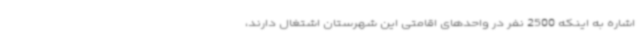
اشاره به اینکه 2500 نفر در واحدهای اقامتی این شهرستان اشتغال دارند،